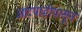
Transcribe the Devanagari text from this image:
आटपाडीपासून